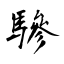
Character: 驂